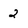
Character: 2